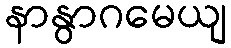
နာနွာဂမေယျ